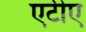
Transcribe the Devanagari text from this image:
एटीए